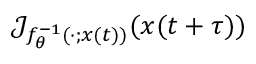
\mathcal { J } _ { f _ { \theta } ^ { - 1 } ( { } \cdot { } ; x ( t ) ) } ( x ( t + \tau ) )